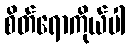
စိတ်ရောကိုယ်ပါ